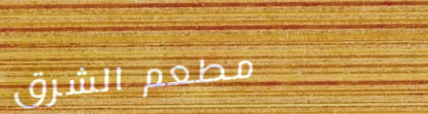
مطعم الشرق